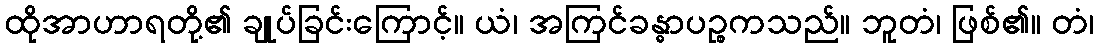
ထိုအာဟာရတို့၏ ချုပ်ခြင်းကြောင့်။ ယံ၊ အကြင်ခန္ဓာပဉ္စကသည်။ ဘူတံ၊ ဖြစ်၏။ တံ၊